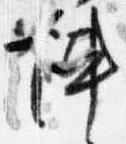
陣